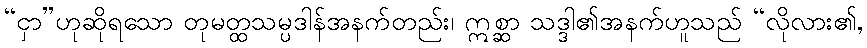
“ငှာ”ဟုဆိုရသော တုမတ္ထသမ္ပဒါန်အနက်တည်း၊ ဣစ္ဆာ သဒ္ဒါ၏အနက်ဟူသည် “လိုလား၏,